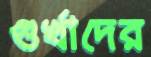
গুর্খাদের